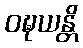
ဝဍ္ဎယန္တိ